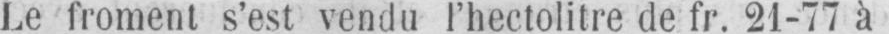
Le froment s’est vendu l’hectolitre de fr. 21-77 à